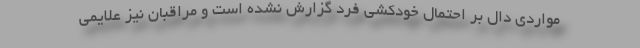
مواردی دال بر احتمال خودکشی فرد گزارش نشده است و مراقبان نیز علایمی